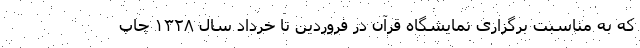
که به مناسبت برگزاری نمایشگاه قرآن در فروردین تا خرداد سال ۱۳۲۸ چاپ